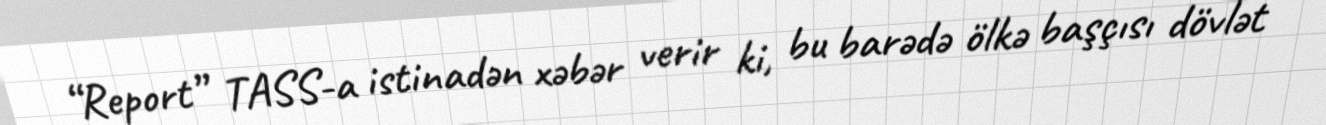
“Report” TASS-a istinadən xəbər verir ki, bu barədə ölkə başçısı dövlət